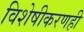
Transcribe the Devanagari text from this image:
विशेषीकरणही